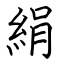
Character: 絹